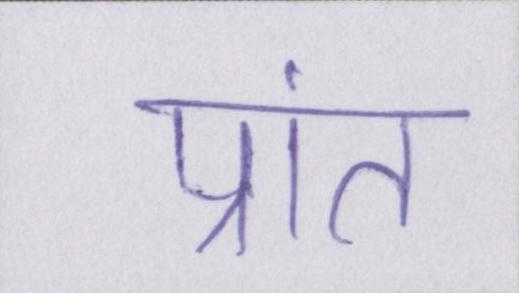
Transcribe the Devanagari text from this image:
प्रांत